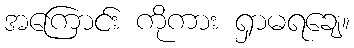
အကြောင်း ကိုကား ရှာမရချေ။